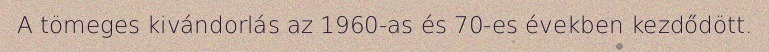
A tömeges kivándorlás az 1960-as és 70-es években kezdődött.